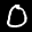
Label: 0